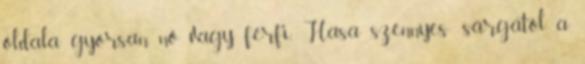
oldala gyorsan nő vagy férfi. Hasa szennyes- sárgától a